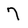
Character: 7